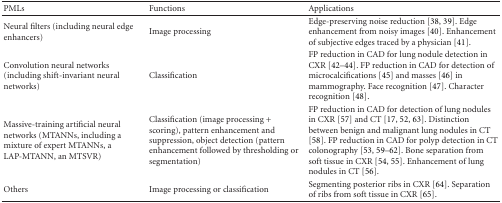
| PMLs | Functions | Applications |
 | --- | --- | --- |
 | Neural filters (including neural edge enhancers) | Image processing | Edge-preserving noise reduction [38, 39]. Edge enhancement from noisy images [40]. Enhancement of subjective edges traced by a physician [41]. |
 | Convolution neural networks (including shift-invariant neural networks) | Classification | FP reduction in CAD for lung nodule detection in CXR [42–44]. FP reduction in CAD for detection of microcalcifications [45] and masses [46] in mammography. Face recognition [47]. Character recognition [48]. |
 | Massive-training artificial neural networks (MTANNs, including a mixture of expert MTANNs, a LAP-MTANN, an MTSVR) | Classification (image processing + scoring), pattern enhancement and suppression, object detection (pattern enhancement followed by thresholding or segmentation) | FP reduction in CAD for detection of lung nodules in CXR [57] and CT [17, 52, 63]. Distinction between benign and malignant lung nodules in CT [58]. FP reduction in CAD for polyp detection in CT colonography [53, 59–62]. Bone separation from soft tissue in CXR [54, 55]. Enhancement of lung nodules in CT [56]. |
 | Others | Image processing or classification | Segmenting posterior ribs in CXR [64]. Separation of ribs from soft tissue in CXR [65]. |